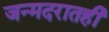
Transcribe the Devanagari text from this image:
जन्मदरातही